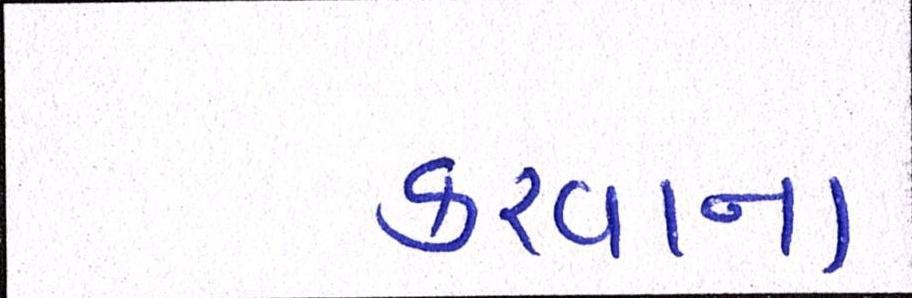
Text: કરવાના